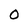
Character: 0